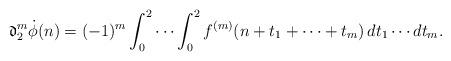
LaTeX: \begin{align*}\mathfrak{d}_2^m\dot{\phi}(n) &=(-1)^m\int_0^2\cdots\int_0^2 f^{(m)}(n+t_1+\cdots +t_m)\,dt_1\cdots dt_m.\end{align*}